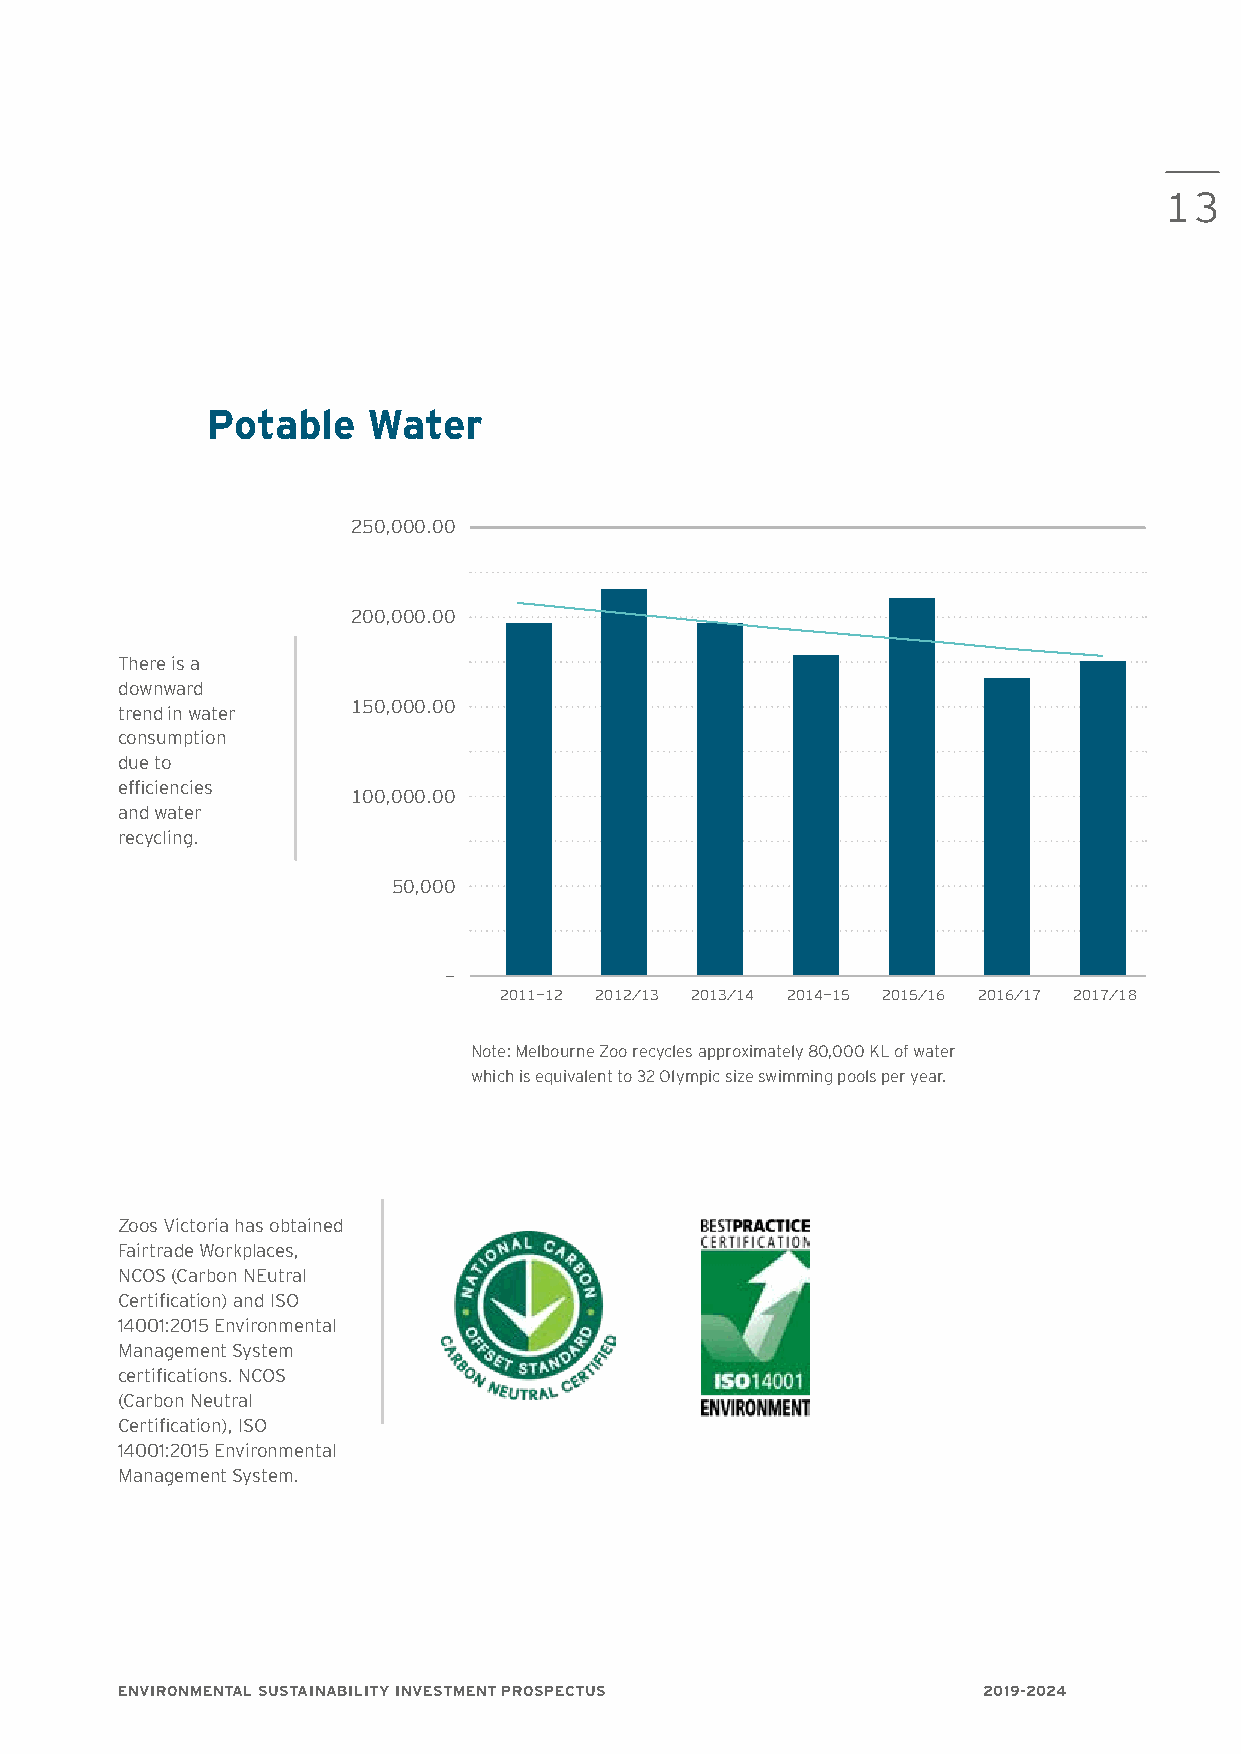
13
 Potable   Water
 250,000.00
 200,000.00
 There is a
 downward
 150,000.00
 trend in water
 consumption
 due to
 efficiencies
 100,000.00
 and water
 recycling.
 50,000
 -
 2011-12 2012/13 2013/14 2014-15 2015/16 2016/17 2017/18
 Note: Melbourne Zoo recycles approximately 80,000 KL of water
 which is equivalent to 32 Olympic size swimming pools per year.
 Zoos Victoria has obtained
 Fairtrade Workplaces,
 NCOS (Carbon NEutral
 Certification) and ISO
 14001:2015 Environmental
 Management System
 certifications. NCOS
 (Carbon Neutral
 Certification), ISO
 14001:2015 Environmental
 Management System.
 ENVIRONMENTAL SUSTAINABILITY INVESTMENT PROSPECTUS       2019-2024